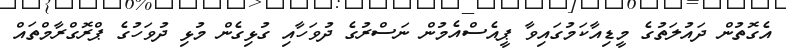
އެގޮތުން ދައުލަތުގެ މީޑިއާކަމުގައިވާ ޕީއެސްއެމުން ނަސްރުގެ ދުވަހާއި ގުޅިގެން މުޅި ދުވަހުގެ ޕްރޮގްރާމްތައް